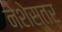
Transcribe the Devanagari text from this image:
नेशेस्तर